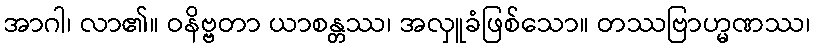
အာဂါ၊ လာ၏။ ဝနိဗ္ဗတာ ယာစန္တဿ၊ အလှူခံဖြစ်သော။ တဿဗြာဟ္မဏဿ၊